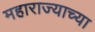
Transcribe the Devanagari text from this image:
महाराज्याच्या